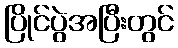
ပြိုင်ပွဲအပြီးတွင်